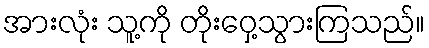
အားလုံး သူ့ကို တိုးဝှေ့သွားကြသည်။